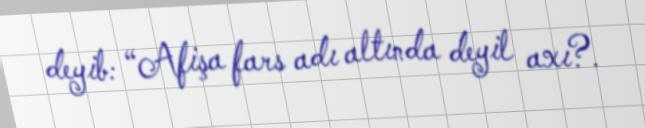
deyib: “Afişa fars adı altında deyil axı?.